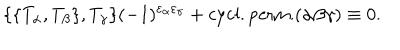
\{ \{ T _ { \alpha } , T _ { \beta } \} , T _ { \gamma } \} ( - 1 ) ^ { \varepsilon _ { \alpha } \varepsilon _ { \gamma } } + \mathrm { c y c l . p e r m . } ( \alpha \beta \gamma ) \equiv 0 .